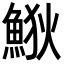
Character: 𩷎